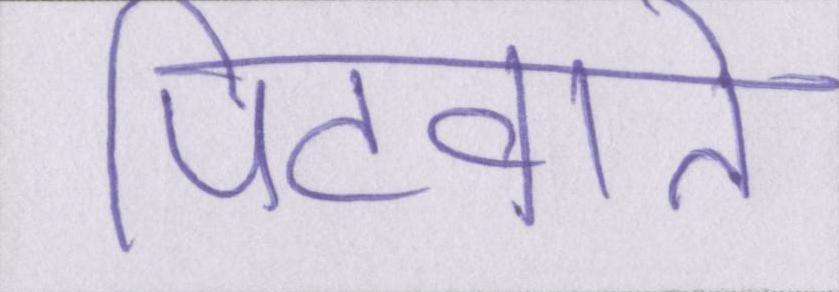
पिटवाते